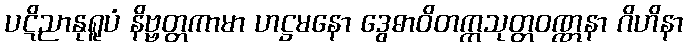
ပဋိညာနုရူပံ နိဗ္ဗတ္တကာမာ ဟဋ္ဌမနော ဒွေဓာဝိတက္ကသုတ္တဝဏ္ဏနာ ဂိဟိနာ